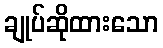
ချုပ်ဆိုထားသော